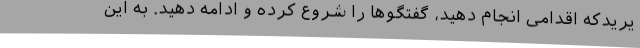
یریدکه اقدامی انجام دهید، گفتگوها را شروع کرده و ادامه دهید. به این